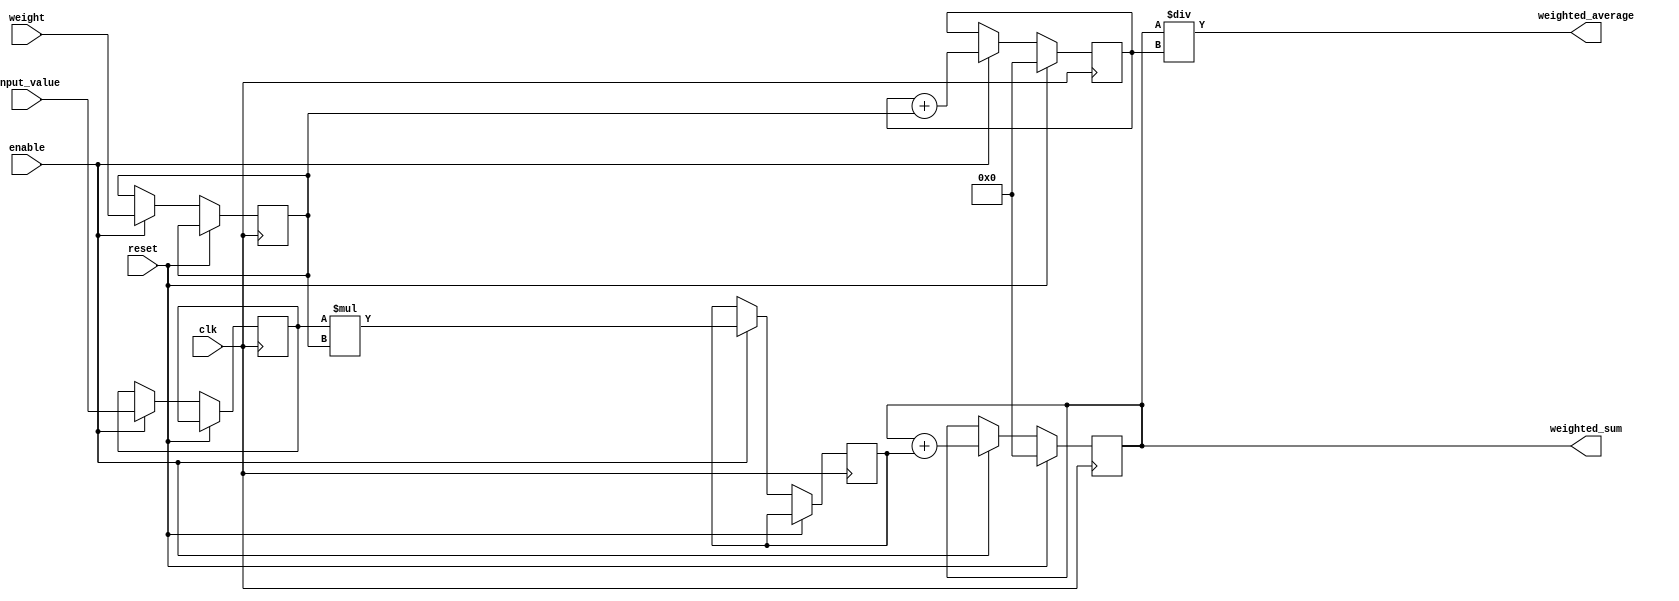
module weighted_moving_average_accumulator (
    input wire clk,
    input wire reset,
    input wire enable,
    input wire signed [7:0] input_value,
    input wire signed [7:0] weight,
    output reg signed [15:0] weighted_sum,
    output wire signed [15:0] weighted_average
);

reg signed [7:0] stored_input_value;
reg signed [7:0] stored_weight;
reg signed [15:0] product;
reg signed [15:0] sum;
reg signed [15:0] total_weight;

always @(posedge clk) begin
    if (reset) begin
        sum <= 16'b0;
        total_weight <= 16'b0;
    end else if (enable) begin
        stored_input_value <= input_value;
        stored_weight <= weight;
        product <= stored_input_value * stored_weight;
        sum <= sum + product;
        total_weight <= total_weight + stored_weight;
    end
end

assign weighted_sum = sum;
assign weighted_average = sum / total_weight;

endmodule